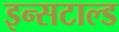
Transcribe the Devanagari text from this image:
इन्सटाल्ड